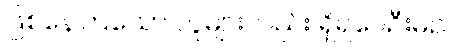
ဖြစ်နေကြသော လူများလည်း ရှိရပေဦးမည်။